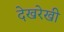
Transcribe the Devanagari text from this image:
देखरेखी